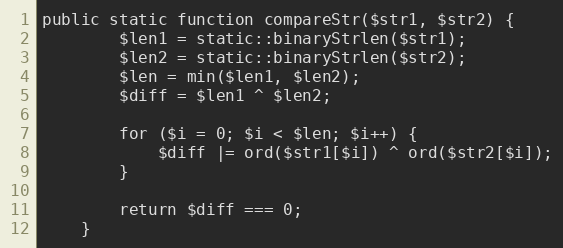
Language: PHP
public static function compareStr($str1, $str2) {
		$len1 = static::binaryStrlen($str1);
		$len2 = static::binaryStrlen($str2);
		$len = min($len1, $len2);
		$diff = $len1 ^ $len2;

		for ($i = 0; $i < $len; $i++) {
			$diff |= ord($str1[$i]) ^ ord($str2[$i]);
		}

		return $diff === 0;
	}